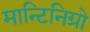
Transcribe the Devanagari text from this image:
मान्टिनिग्रो